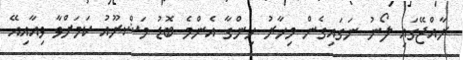
ރާއްޖޭގައި ލޯނު ނަގައިގެން މިހާރު ހިންގާ އެންމެ ބޮޑު މަޝްރޫއު ކަމަށްވާ ވިއާއިއޭ